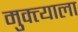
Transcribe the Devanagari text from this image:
मुक्त्याला